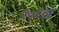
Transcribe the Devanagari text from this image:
२०२वॉ